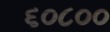
૬૦૮૦૦